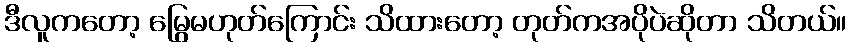
ဒီလူကတော့ မြွေမဟုတ်ကြောင်း သိထားတော့ တုတ်ကအပိုပဲဆိုတာ သိတယ်။